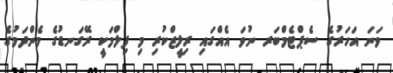
ވަނަ އަހަރުގެ ސެޕްޓެމްބަރ ނުވަ އެއްގައި ރިލީޒްކުރި މި ފިލްމަކީ ރޭގަނޑުގެ މެންދަމުގެ